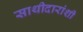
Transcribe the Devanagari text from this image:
साथीदारांशी